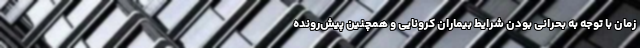
زمان با توجه به بحرانی بودن شرایط بیماران کرونایی و همچنین پیش‌رونده